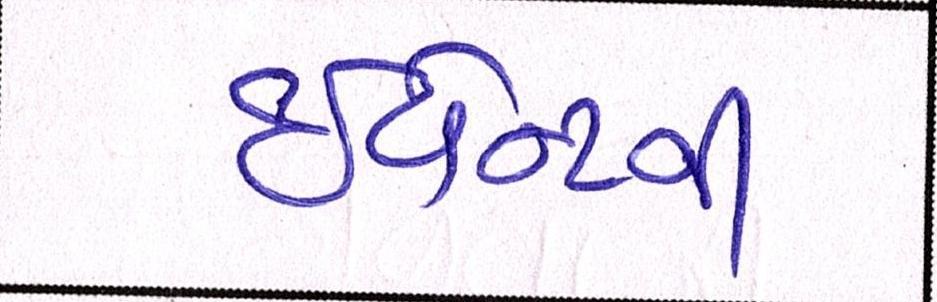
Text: ઇવેન્ટની